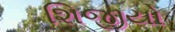
શિજીયો